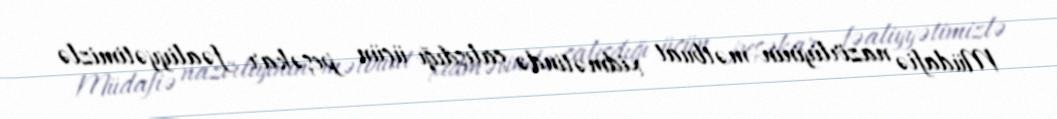
Müdafiə nazirliyinin mətbuat xidmətində çalışdığı üçün peşəkar fəaliyyətimizlə